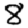
Digit: 8